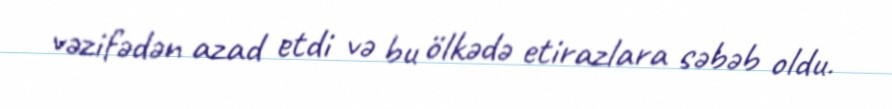
vəzifədən azad etdi və bu ölkədə etirazlara səbəb oldu.